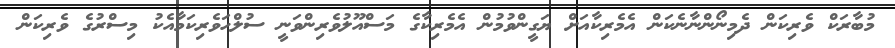
މުބާރަކް ވެރިކަން ދެމިނޯންނާނެކަން އެމެރިކާއަށް ޔަގީންވުމުން އެމެރިކާގެ މަސްއޫލުވެރިންވަނީ ސުލްހަވެރިކަމާއެކު މިސްރުގެ ވެރިކަން